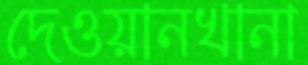
দেওয়ানখানা